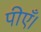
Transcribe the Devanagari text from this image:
पीएँ।